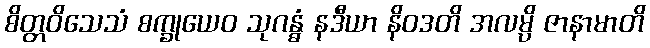
စိတ္တဝိသေသံ စက္ခုယေဝ သုဂန္ဓံ နဒီယာ နိဝဒတိ အလမ္ပိ ဇာနာမာတိ